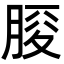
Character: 𦜒